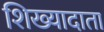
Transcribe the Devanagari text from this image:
शिख्यादाता